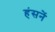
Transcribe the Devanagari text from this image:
हंसनें